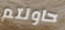
حاولتم